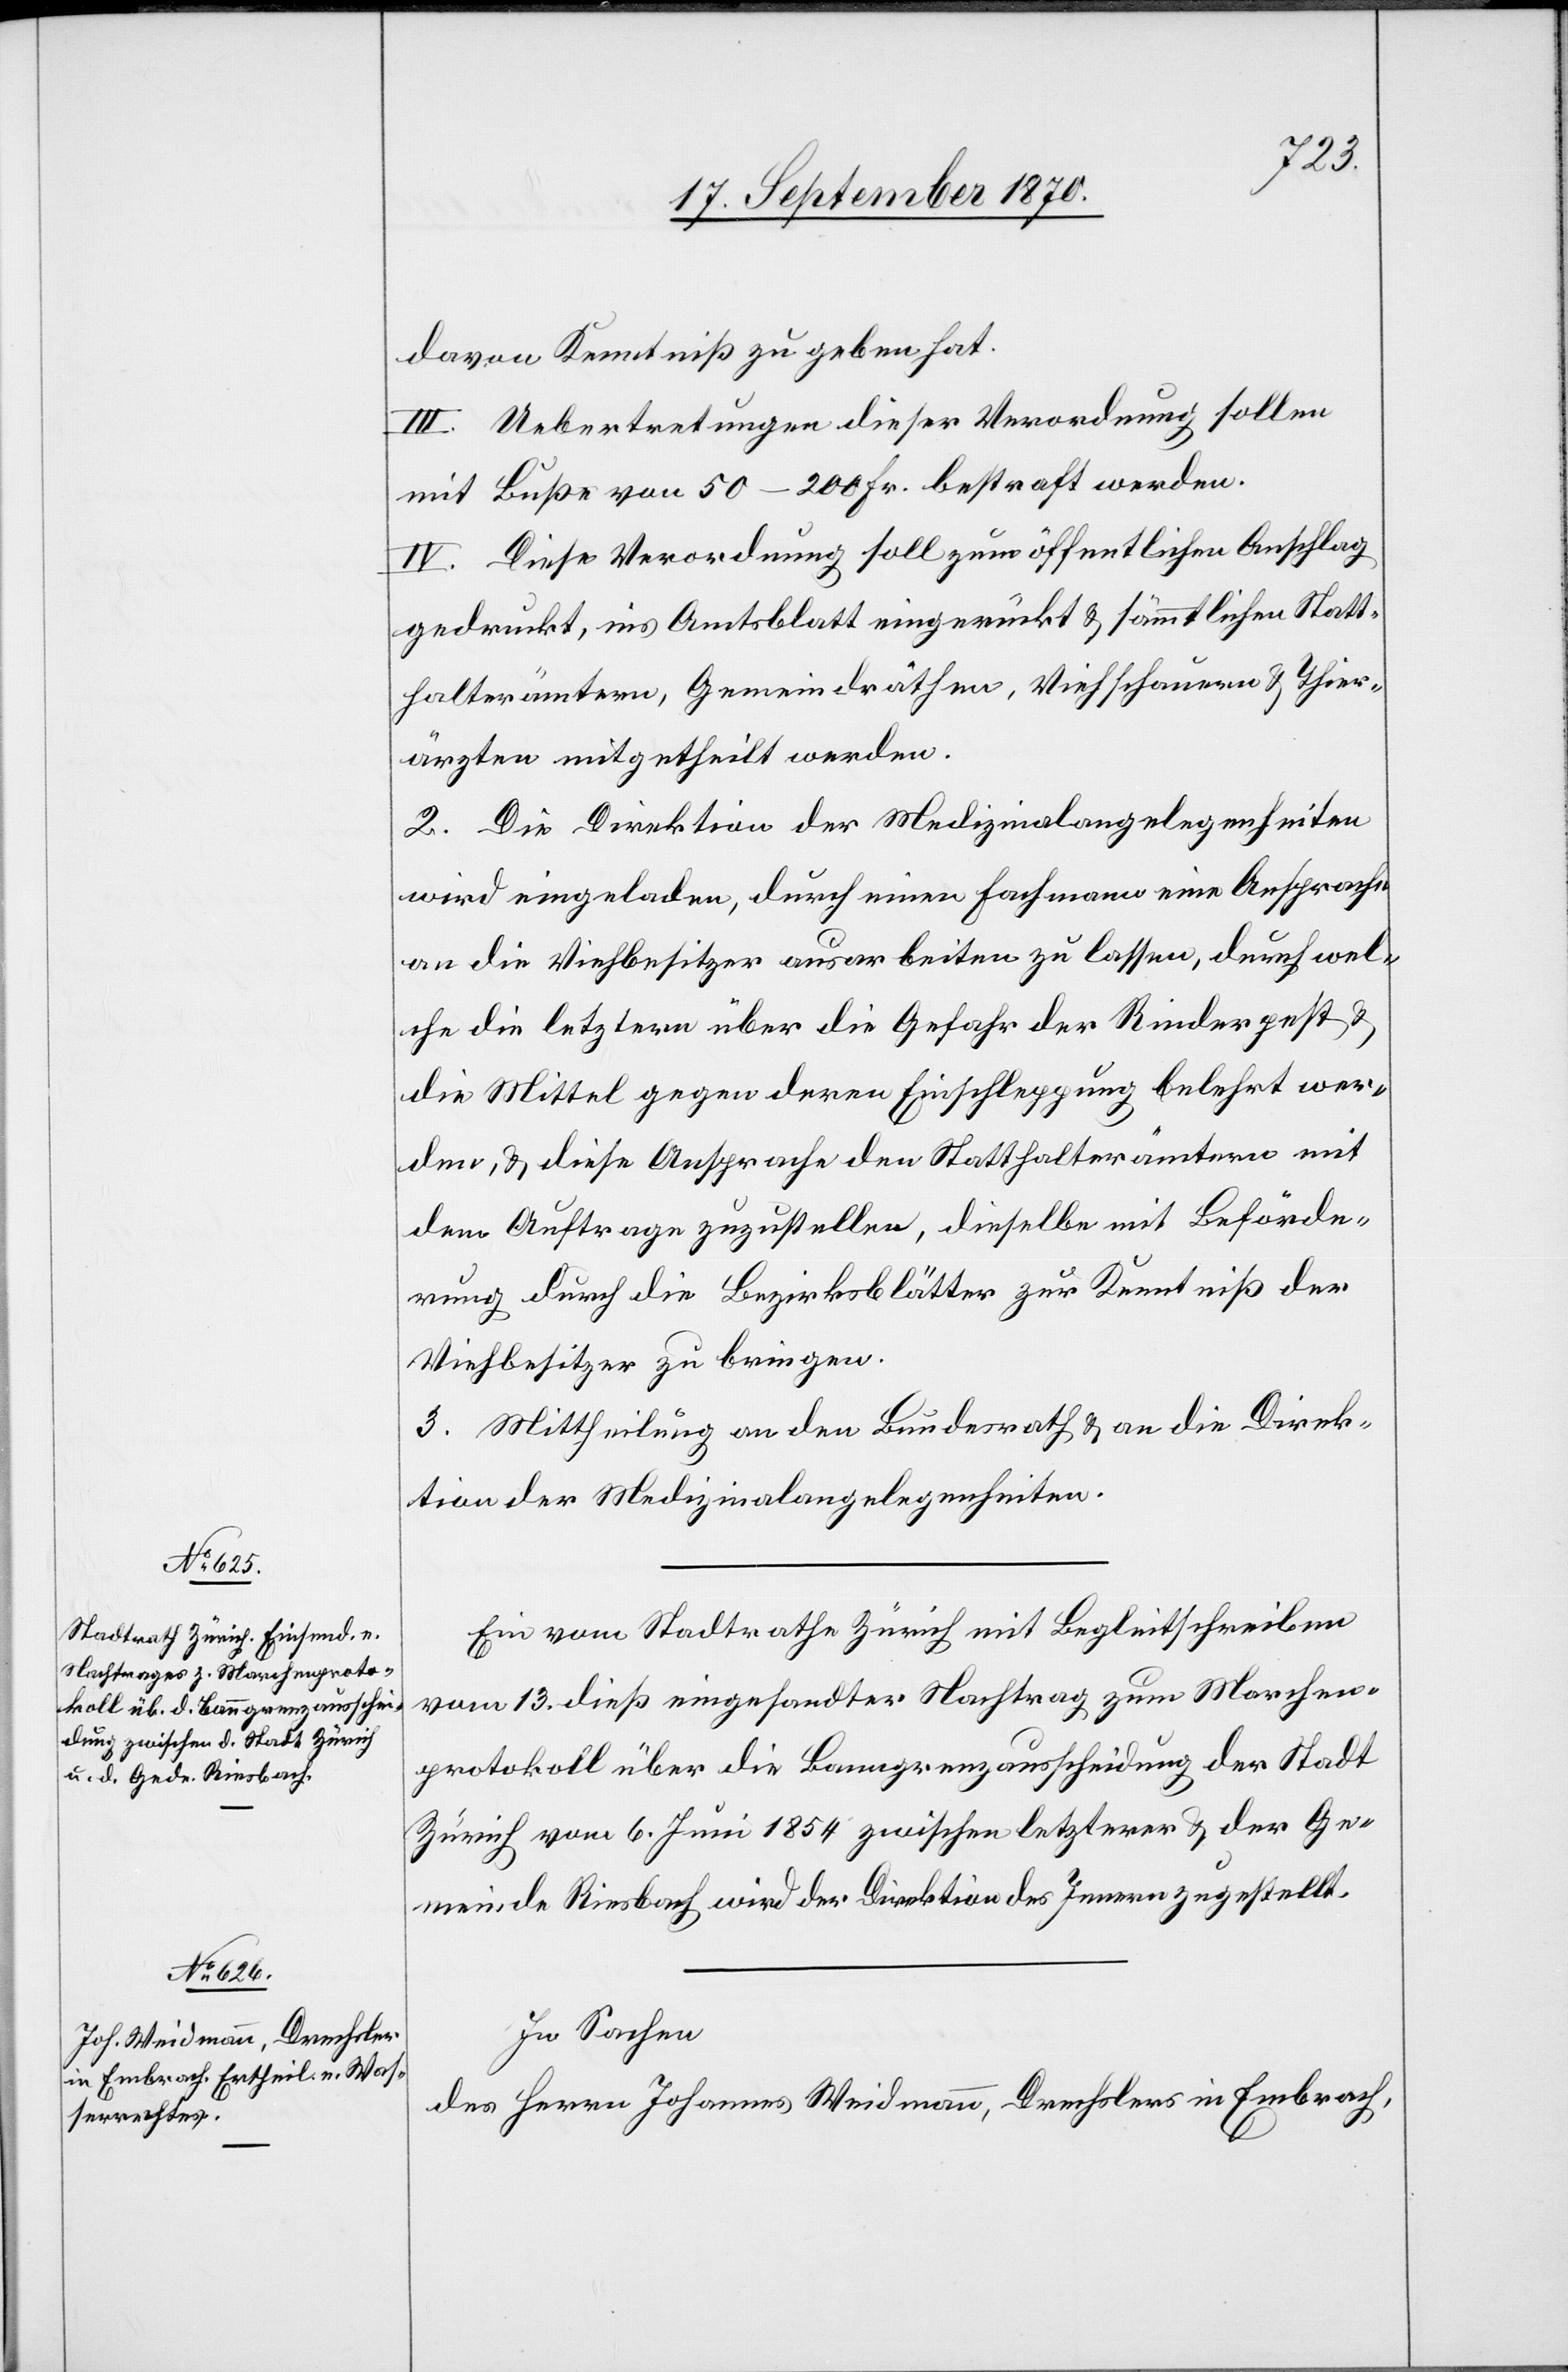
davon Kenntniß zu geben hat.
III. Uebertretungen dieser Verordnung sollen
mit Buße von 50–200 Fr. bestraft werden.
IV. Diese Verordnung soll zum öffentlichen Anschlag
gedruckt, ins Amtsblatt eingerückt & sämmtlichen Statt¬
halterämtern, Gemeindräthen, Viehschauern & Thier¬
ärzten mitgetheilt werden.
2. Die Direktion der Medizinalangelegenheiten
wird eingeladen, durch einen Fachmann eine Ansprache
an die Viehbesitzer ausarbeiten zu lassen, durch wel¬
che die letztern über die Gefahr der Rinderpest &
die Mittel gegen deren Einschleppung belehrt wer¬
den, & diese Ansprache den Statthalterämtern mit
dem Auftrage zuzustellen, dieselbe mit Beförde¬
rung durch die Bezirksblätter zur Kenntniß der
Viehbesitzer zu bringen.
3. Mittheilung an den Bundesrath & an die Direk¬
tion der Medizinalangelegenheiten.
Ein vom Stadtrathe Zürich mit Begleitschreiben
vom 13. dieß eingesandter Nachtrag zum Marchen¬
protokoll über die Banngrenzausscheidung der Stadt
Zürich vom 6. Juni 1854 zwischen letzterer & der Ge¬
meinde Riesbach wird der Direktion des Innern zugestellt.
In Sachen
des Herrn Johannes Weidmann, Drechsler in Embrach,